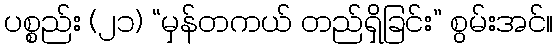
ပစ္စည်း (၂၁) “မှန်တကယ် တည်ရှိခြင်း” စွမ်းအင်။